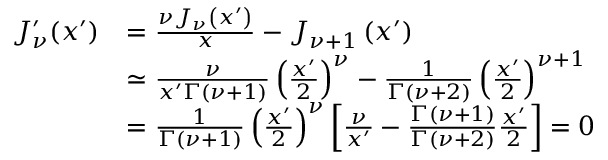
\begin{array} { r l } { J _ { \nu } ^ { \prime } ( x ^ { \prime } ) } & { = \frac { \nu J _ { \nu } \left( x ^ { \prime } \right) } { x } - J _ { \nu + 1 } \left( x ^ { \prime } \right) } \\ & { \simeq \frac { \nu } { x ^ { \prime } \Gamma \left( \nu + 1 \right) } \left( \frac { x ^ { \prime } } { 2 } \right) ^ { \nu } - \frac { 1 } { \Gamma \left( \nu + 2 \right) } \left( \frac { x ^ { \prime } } { 2 } \right) ^ { \nu + 1 } } \\ & { = \frac { 1 } { \Gamma ( \nu + 1 ) } \left( \frac { x ^ { \prime } } { 2 } \right) ^ { \nu } \left[ \frac { \nu } { x ^ { \prime } } - \frac { \Gamma ( \nu + 1 ) } { \Gamma ( \nu + 2 ) } \frac { x ^ { \prime } } { 2 } \right] = 0 } \end{array}